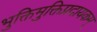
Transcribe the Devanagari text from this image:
भुक्तिमुक्तिप्रदायकम्